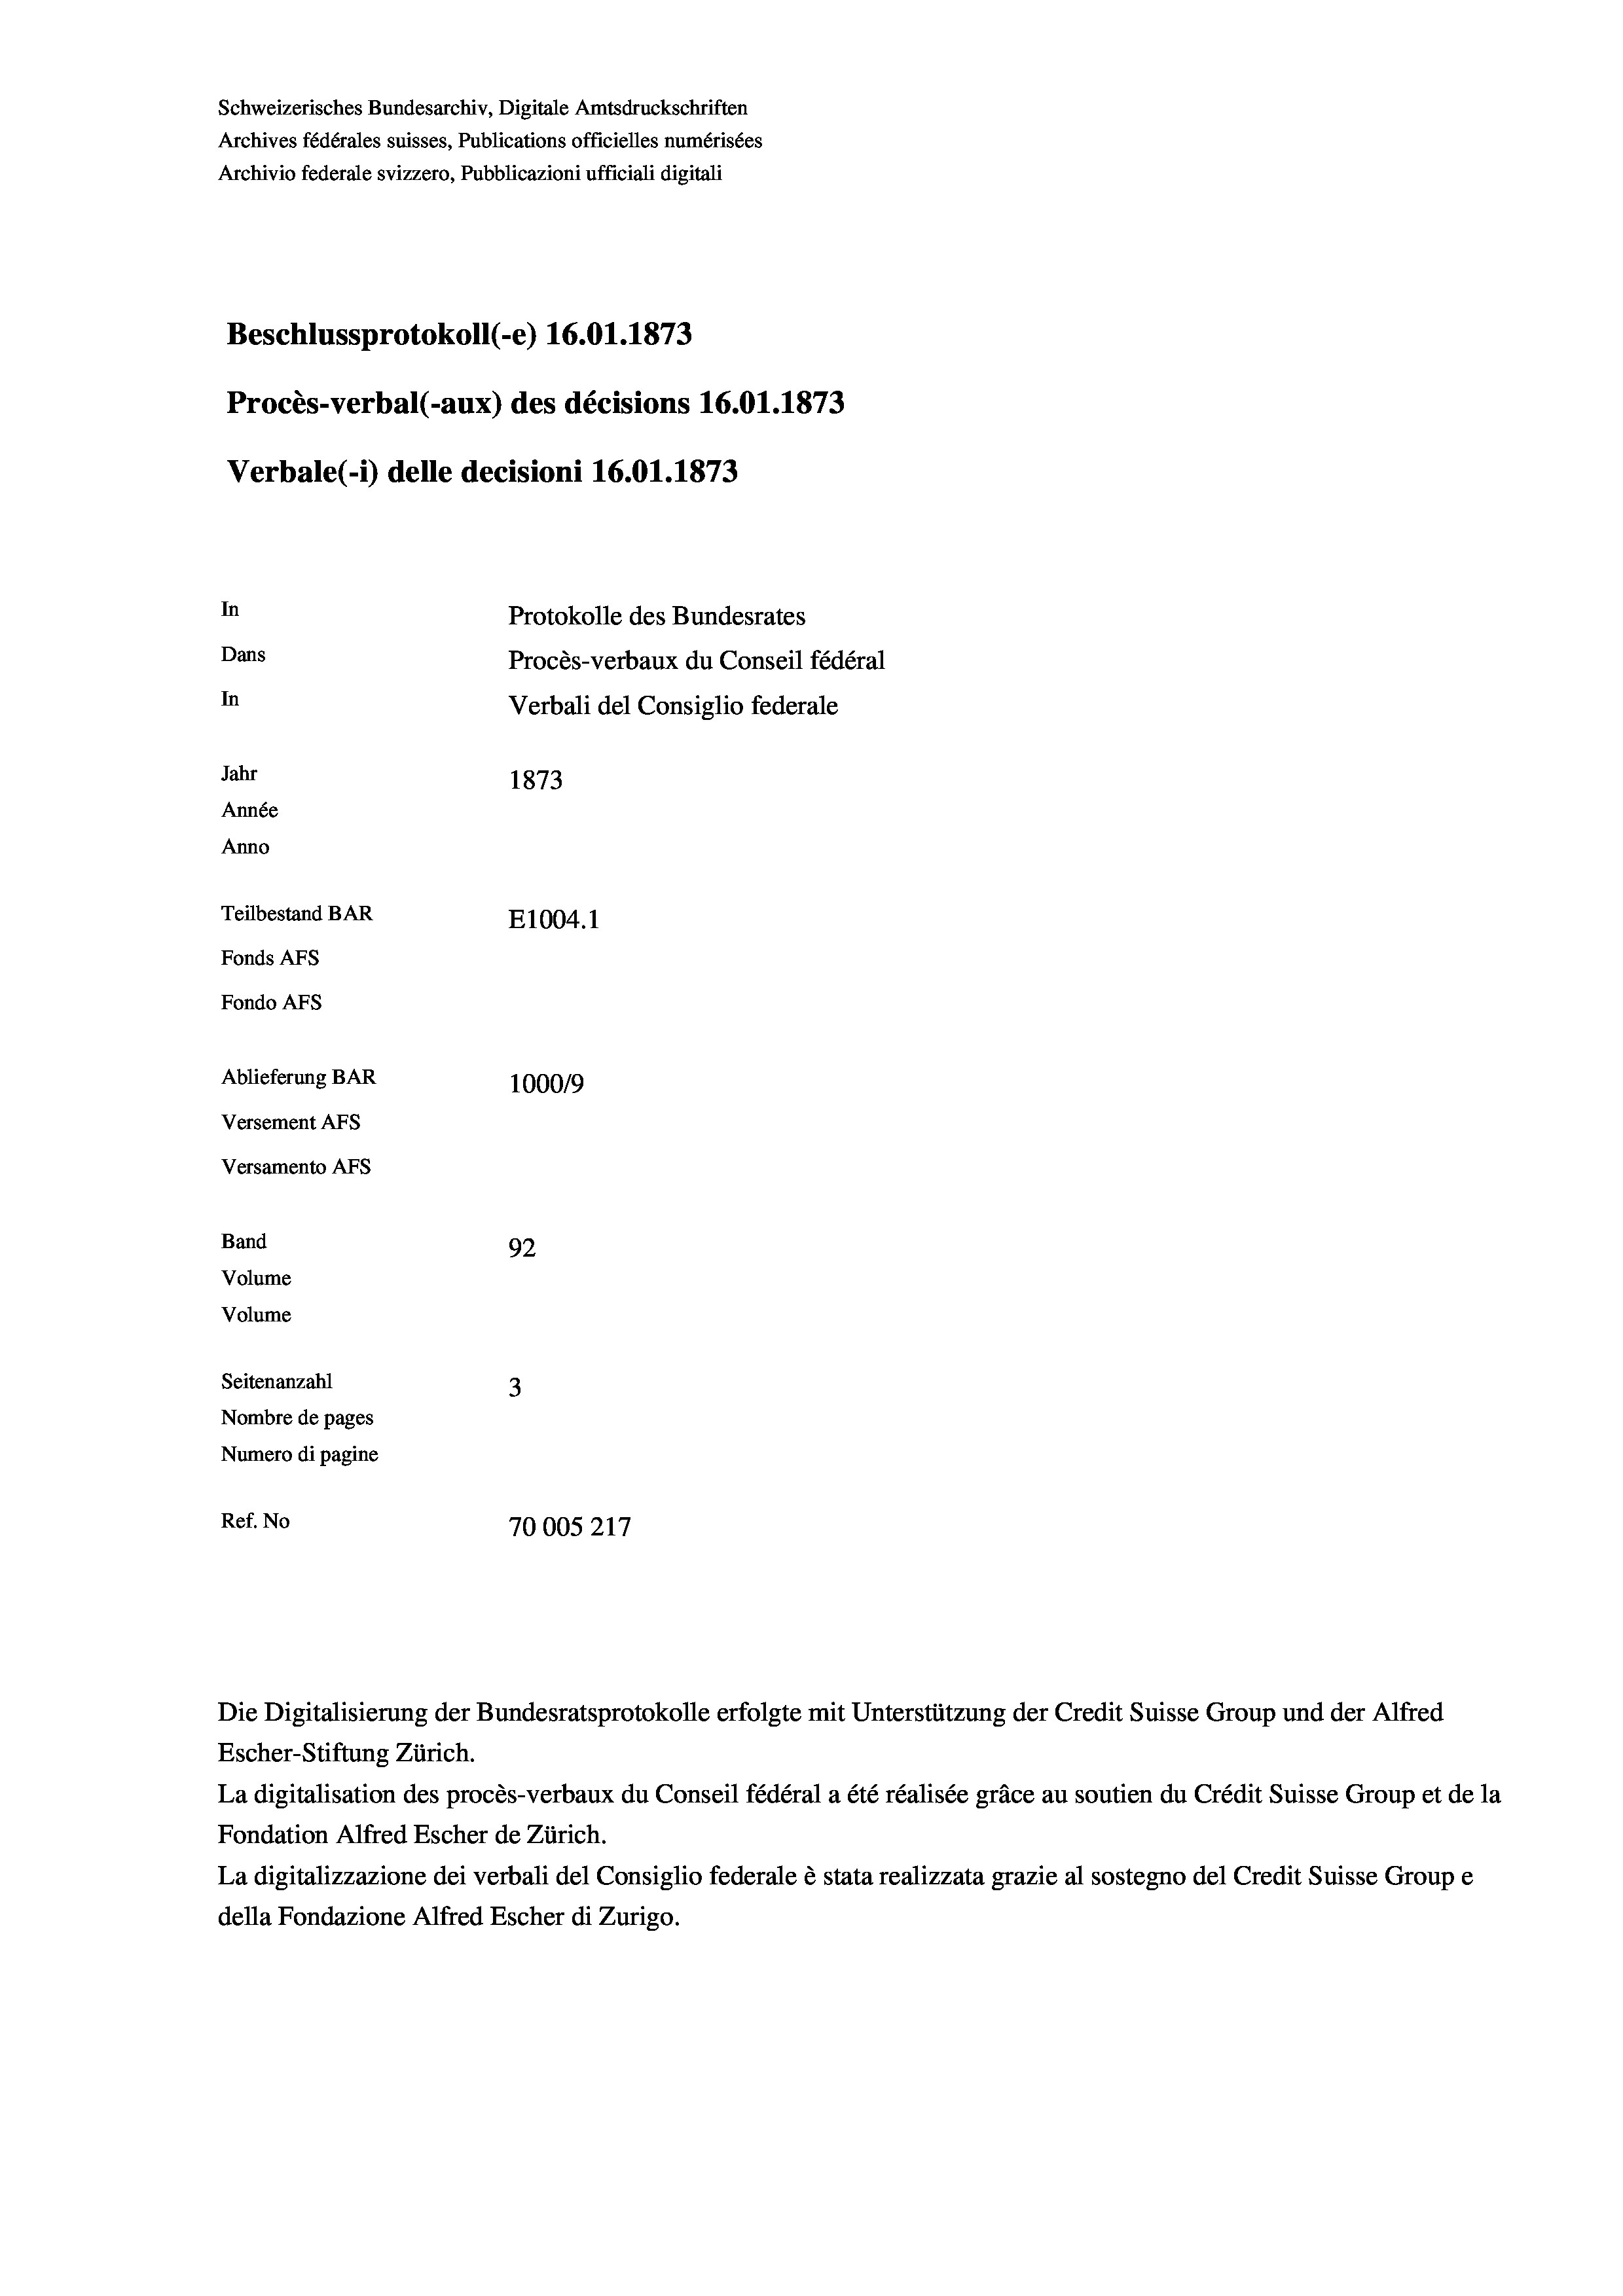
Schweizerisches Bundesarchiv, Digitale Amtsdruckschriften
Archives fédérales suisses, Publications officielles numérisées
Archivio federale svizzero, Pubblicazioni ufficiali digitali
Beschlussprotokoll (-e) 16.01. 1873
Procès-verbal (-aux) des décisions 16.01. 1873
Verbale (1) delle decisioni 16.01. 1873
In
Protokolle des Bundesrates
Dans
In
Jahr
1873
Année
Anno
Teilbestand BAR
E1004. 1
Fonds AFs
Fondo AFs
Ablieferung BAR
100019
Versement AFS
Versamento Afs
Band
92
Volume
Volume
Seitenanzahl
3
Nombre de pages
Numero di pagine
Ref. No
70005217

Verbali del Consiglio federale

Procès-verbaux du Conseil fédéral

Escher-Stiftung Zürich.
La digitalisation des procès-verbaux du Conseil fédéral a été réalisée gräce au soutien du Crédit Suisse Group et de la
Fondation Alfred Escher de Zürich.
La digitalizzazione dei verbali del Consiglio federale è stata realizzata grazie al sostegno del Credit Suisse Groupe
della Fondazione Alfred Escher di Zurigo.

Die Digitalisierung der Bundesratsprotokolle erfolgte mit Unterstützung der Credit Suisse Group und der Alfred